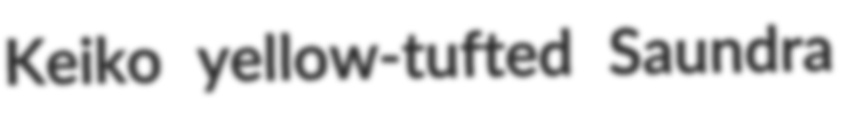
Keiko yellow-tufted Saundra